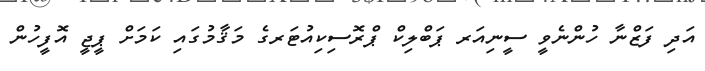
އަދި ފަޒްނާ ހުންނެވީ ސީނިއަރ ޕަބްލިކް ޕްރޮސިކިއުޓަރގެ މަޤާމުގައި ކަމަށް ޕީޖީ އޮފީހުން